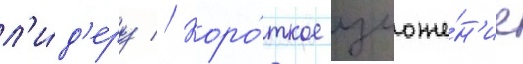
л'и́д'еру // Коро́ткое изложе́н'ие